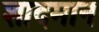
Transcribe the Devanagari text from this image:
शादमान